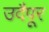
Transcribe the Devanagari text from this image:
उदैपूर